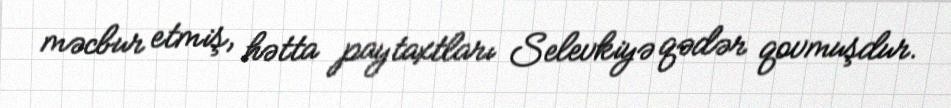
məcbur etmiş, hətta paytaxtları Selevkiyə qədər qovmuşdur.